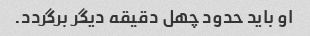
او باید حدود چهل دقیقه دیگر برگردد.